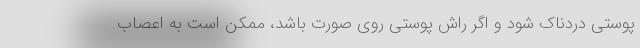
پوستی دردناک شود و اگر راش پوستی روی صورت باشد، ممکن است به اعصاب